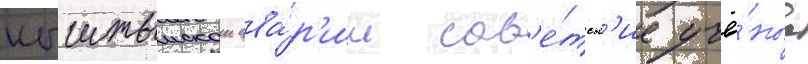
кыштымскои ава́р'ии сов'е́тск'ие учё́ные